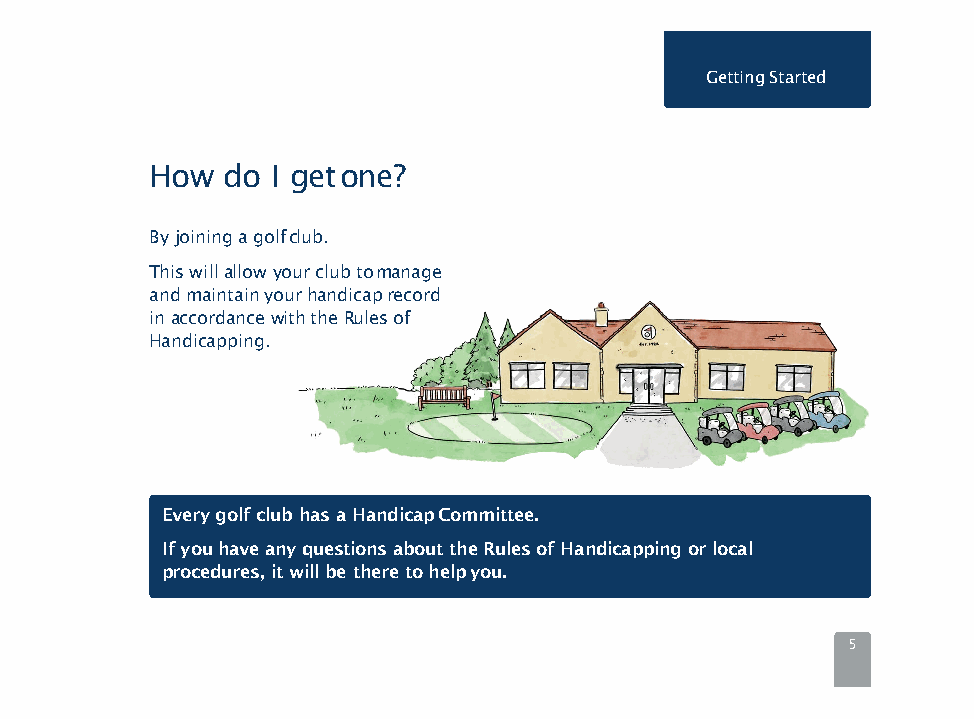
GettingStarted
 How  do I getone?
 By joining a golfclub.
 This will allow your club tomanage
 and maintain your handicaprecord
 in accordance with the Rules of
 Handicapping.
 Every golf club has a HandicapCommittee.
 If you have any questions about the Rules of Handicapping or local
 procedures, it will be there to helpyou.
 5